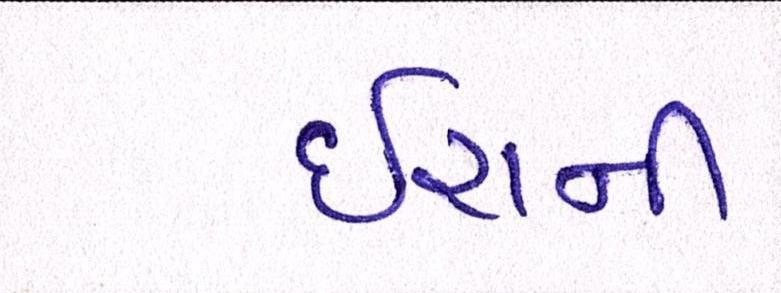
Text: ઈરાની